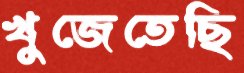
খুজেতেছি